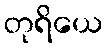
တုရိယေ